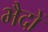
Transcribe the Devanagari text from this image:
भैदों